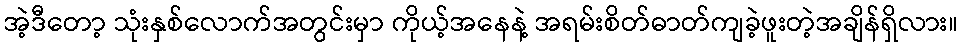
အဲ့ဒီတော့ သုံးနှစ်လောက်အတွင်းမှာ ကိုယ့်အနေနဲ့ အရမ်းစိတ်ဓာတ်ကျခဲ့ဖူးတဲ့အချိန်ရှိလား။